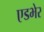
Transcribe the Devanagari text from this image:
एडभेर